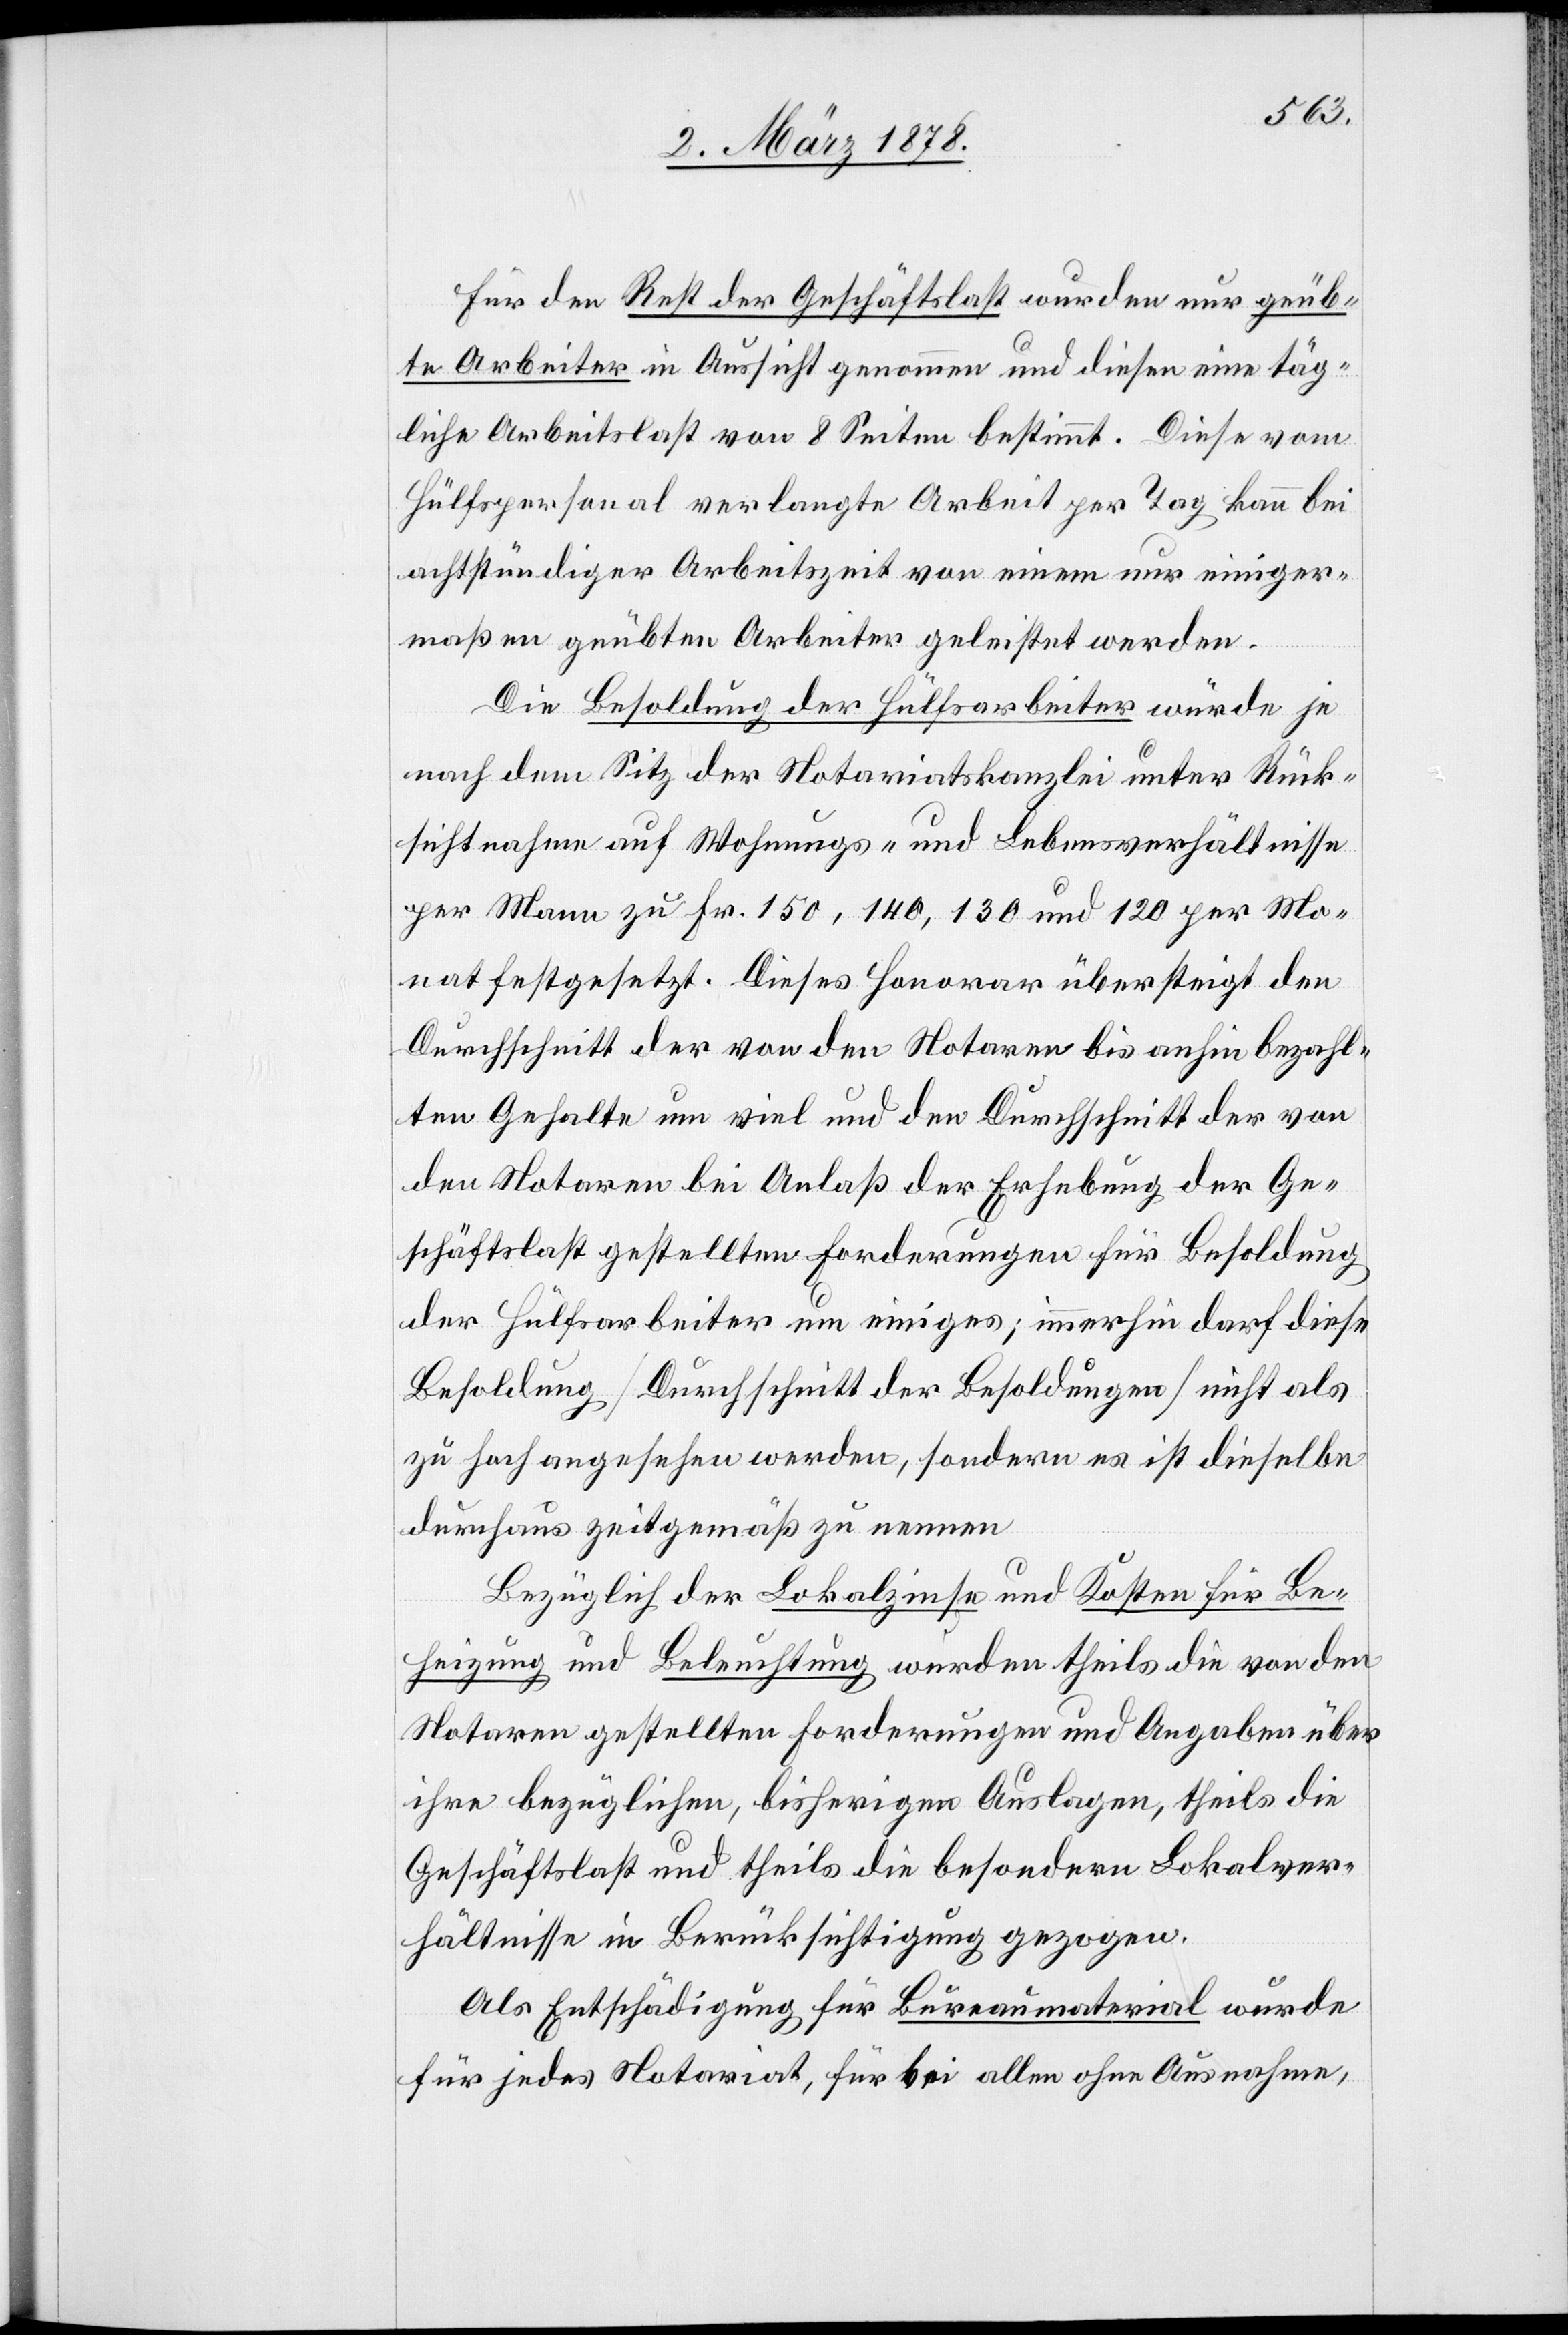
Für den Rest der Geschäftslast wurden nur geüb¬
te Arbeiter in Aussicht genommen und diesen eine täg¬
liche Arbeitslast von 8 Seiten bestimmt. Diese vom
Hülfspersonal verlangte Arbeit per Tag kann bei
achtstündiger Arbeitszeit von einem nur einiger¬
maßen geübten Arbeiter geleistet werden.
Die Besoldung der Hülfsarbeiter würde je
nach dem Sitz der Notariatskanzlei unter Rück¬
sichtnahme auf Wohnungs- und Lebensverhältnisse
per Mann zu Fr. 150, 140, 130 und 120 per Mo¬
nat festgesetzt. Dieses Honorar übersteigt den
Durchschnitt der von den Notaren bis anhin bezahl¬
ten Gehalten um viel und den Durchschnitt der von
den Notaren bei Anlaß der Erhebung der Ge¬
schäftslast gestellten Forderungen für Besoldung
der Hülfsarbeiter um einiges; immerhin darf diese
Besoldung (Durchschnitt der Besoldungen) nicht als
zu hoch angesehen werden, sondern es ist dieselbe
durchaus zeitgemäß zu nennen.
Bezüglich der Lokalzinse und Kosten für Be¬
heizung und Beleuchtung wurden theils die von den
Notaren gestellten Forderungen und Angaben über
ihre bezüglichen, bisherigen Auslagen, theils die
Geschäftslast und theils die besondern Lokalver¬
hältnisse in Berücksichtigung gezogen.
Als Entschädigung für Bureaumaterial wurde
für jedes Notariat, für bei allen ohne Ausnahme,